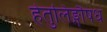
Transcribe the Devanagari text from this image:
हेतुलिङ्गौषध